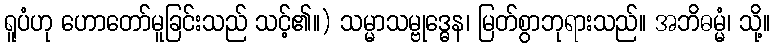
ရူပံဟု ဟောတော်မူခြင်းသည် သင့်၏။) သမ္မာသမ္ဗုဒ္ဓေန၊ မြတ်စွာဘုရားသည်။ အဘိဓမ္မံ၊ သို့။